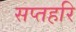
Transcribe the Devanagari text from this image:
सप्तहरि